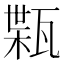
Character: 𤭴